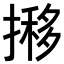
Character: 𢴐